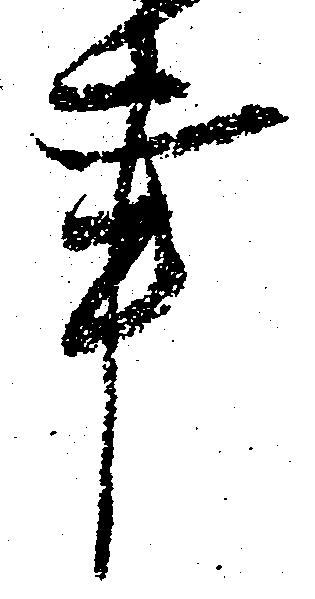
事